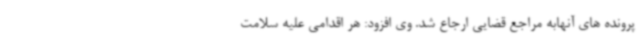
پرونده های آنهابه مراجع قضایی ارجاع شد. وی افزود: هر اقدامی علیه سلامت